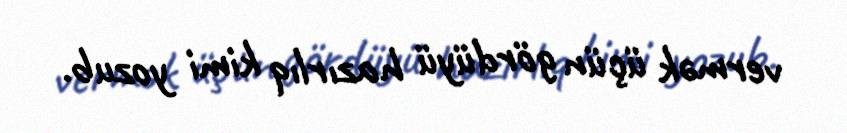
vermək üçün gördüyü hazırlıq kimi yozub.